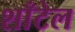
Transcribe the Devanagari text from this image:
शाँटेल